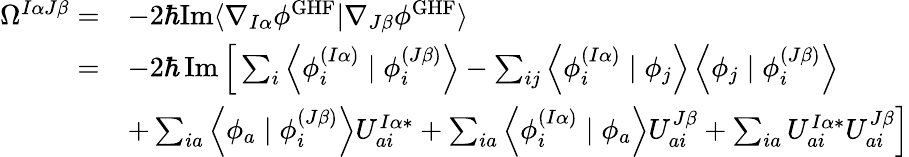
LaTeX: \begin{array}{rl}{\Omega^{I\alpha J\beta}=}&{-2\hbar\mathrm{Im}\langle\nabla_{I\alpha}\phi^{\mathrm{GHF}}|\nabla_{J\beta}\phi^{\mathrm{GHF}}\rangle}\\ {=}&{-2\hbar\operatorname{Im}\Big[\sum_{i}\left\langle\phi_{i}^{(I\alpha)}\mid\phi_{i}^{(J\beta)}\right\rangle-\sum_{ij}\left\langle\phi_{i}^{(I\alpha)}\mid\phi_{j}\right\rangle\left\langle\phi_{j}\mid\phi_{i}^{(J\beta)}\right\rangle}\\ &{+\sum_{ia}\left\langle\phi_{a}\mid\phi_{i}^{(J\beta)}\right\rangle U_{ai}^{I\alpha*}+\sum_{ia}\left\langle\phi_{i}^{(I\alpha)}\mid\phi_{a}\right\rangle U_{ai}^{J\beta}+\sum_{ia}U_{ai}^{I\alpha*}U_{ai}^{J\beta}\Big]}\end{array}